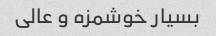
بسیار خوشمزه و عالی